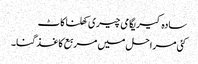
سادہ کیریگامی چیری کھلنا کاٹ
کئی مراحل میں مربع کاغذ گنا۔